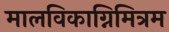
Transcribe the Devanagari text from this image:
मालविकाग्निमित्रम